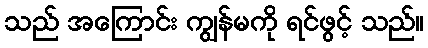
သည် အကြောင်း ကျွန်မကို ရင်ဖွင့် သည်။